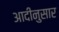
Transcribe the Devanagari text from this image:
आदीनुसार